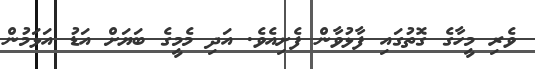
ވެރި މީހާގެ ގޮތުގައި ފާޅުވާން ފެށިއެވެ. އަދި މެމީގެ ބަޔަށް އަޑު އަޅަމުން